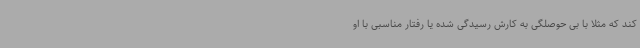
کند که مثلاً با بی حوصلگی به کارش رسیدگی شده یا رفتار مناسبی با او